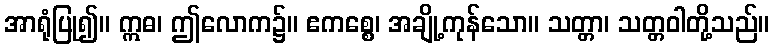
အာရုံပြု၍။ ဣဓ၊ ဤလောက၌။ ဧကစ္စေ၊ အချို့ကုန်သော။ သတ္တာ၊ သတ္တဝါတို့သည်။